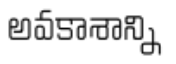
అవకాశాన్ని